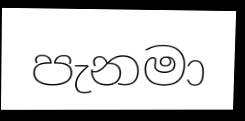
පැනමා